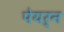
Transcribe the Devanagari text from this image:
पेयर्न